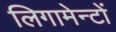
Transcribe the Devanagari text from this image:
लिगामेन्टों